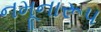
નમૂનારૂપ